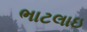
ભાટલાઇ